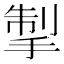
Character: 掣